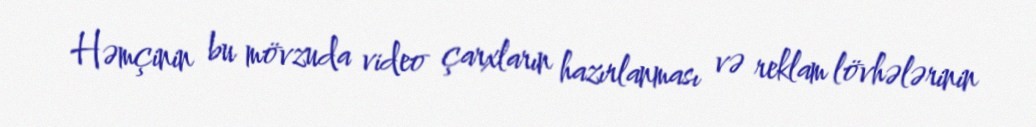
Həmçinin bu mövzuda video çarxların hazırlanması və reklam lövhələrinin